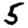
Digit: 5